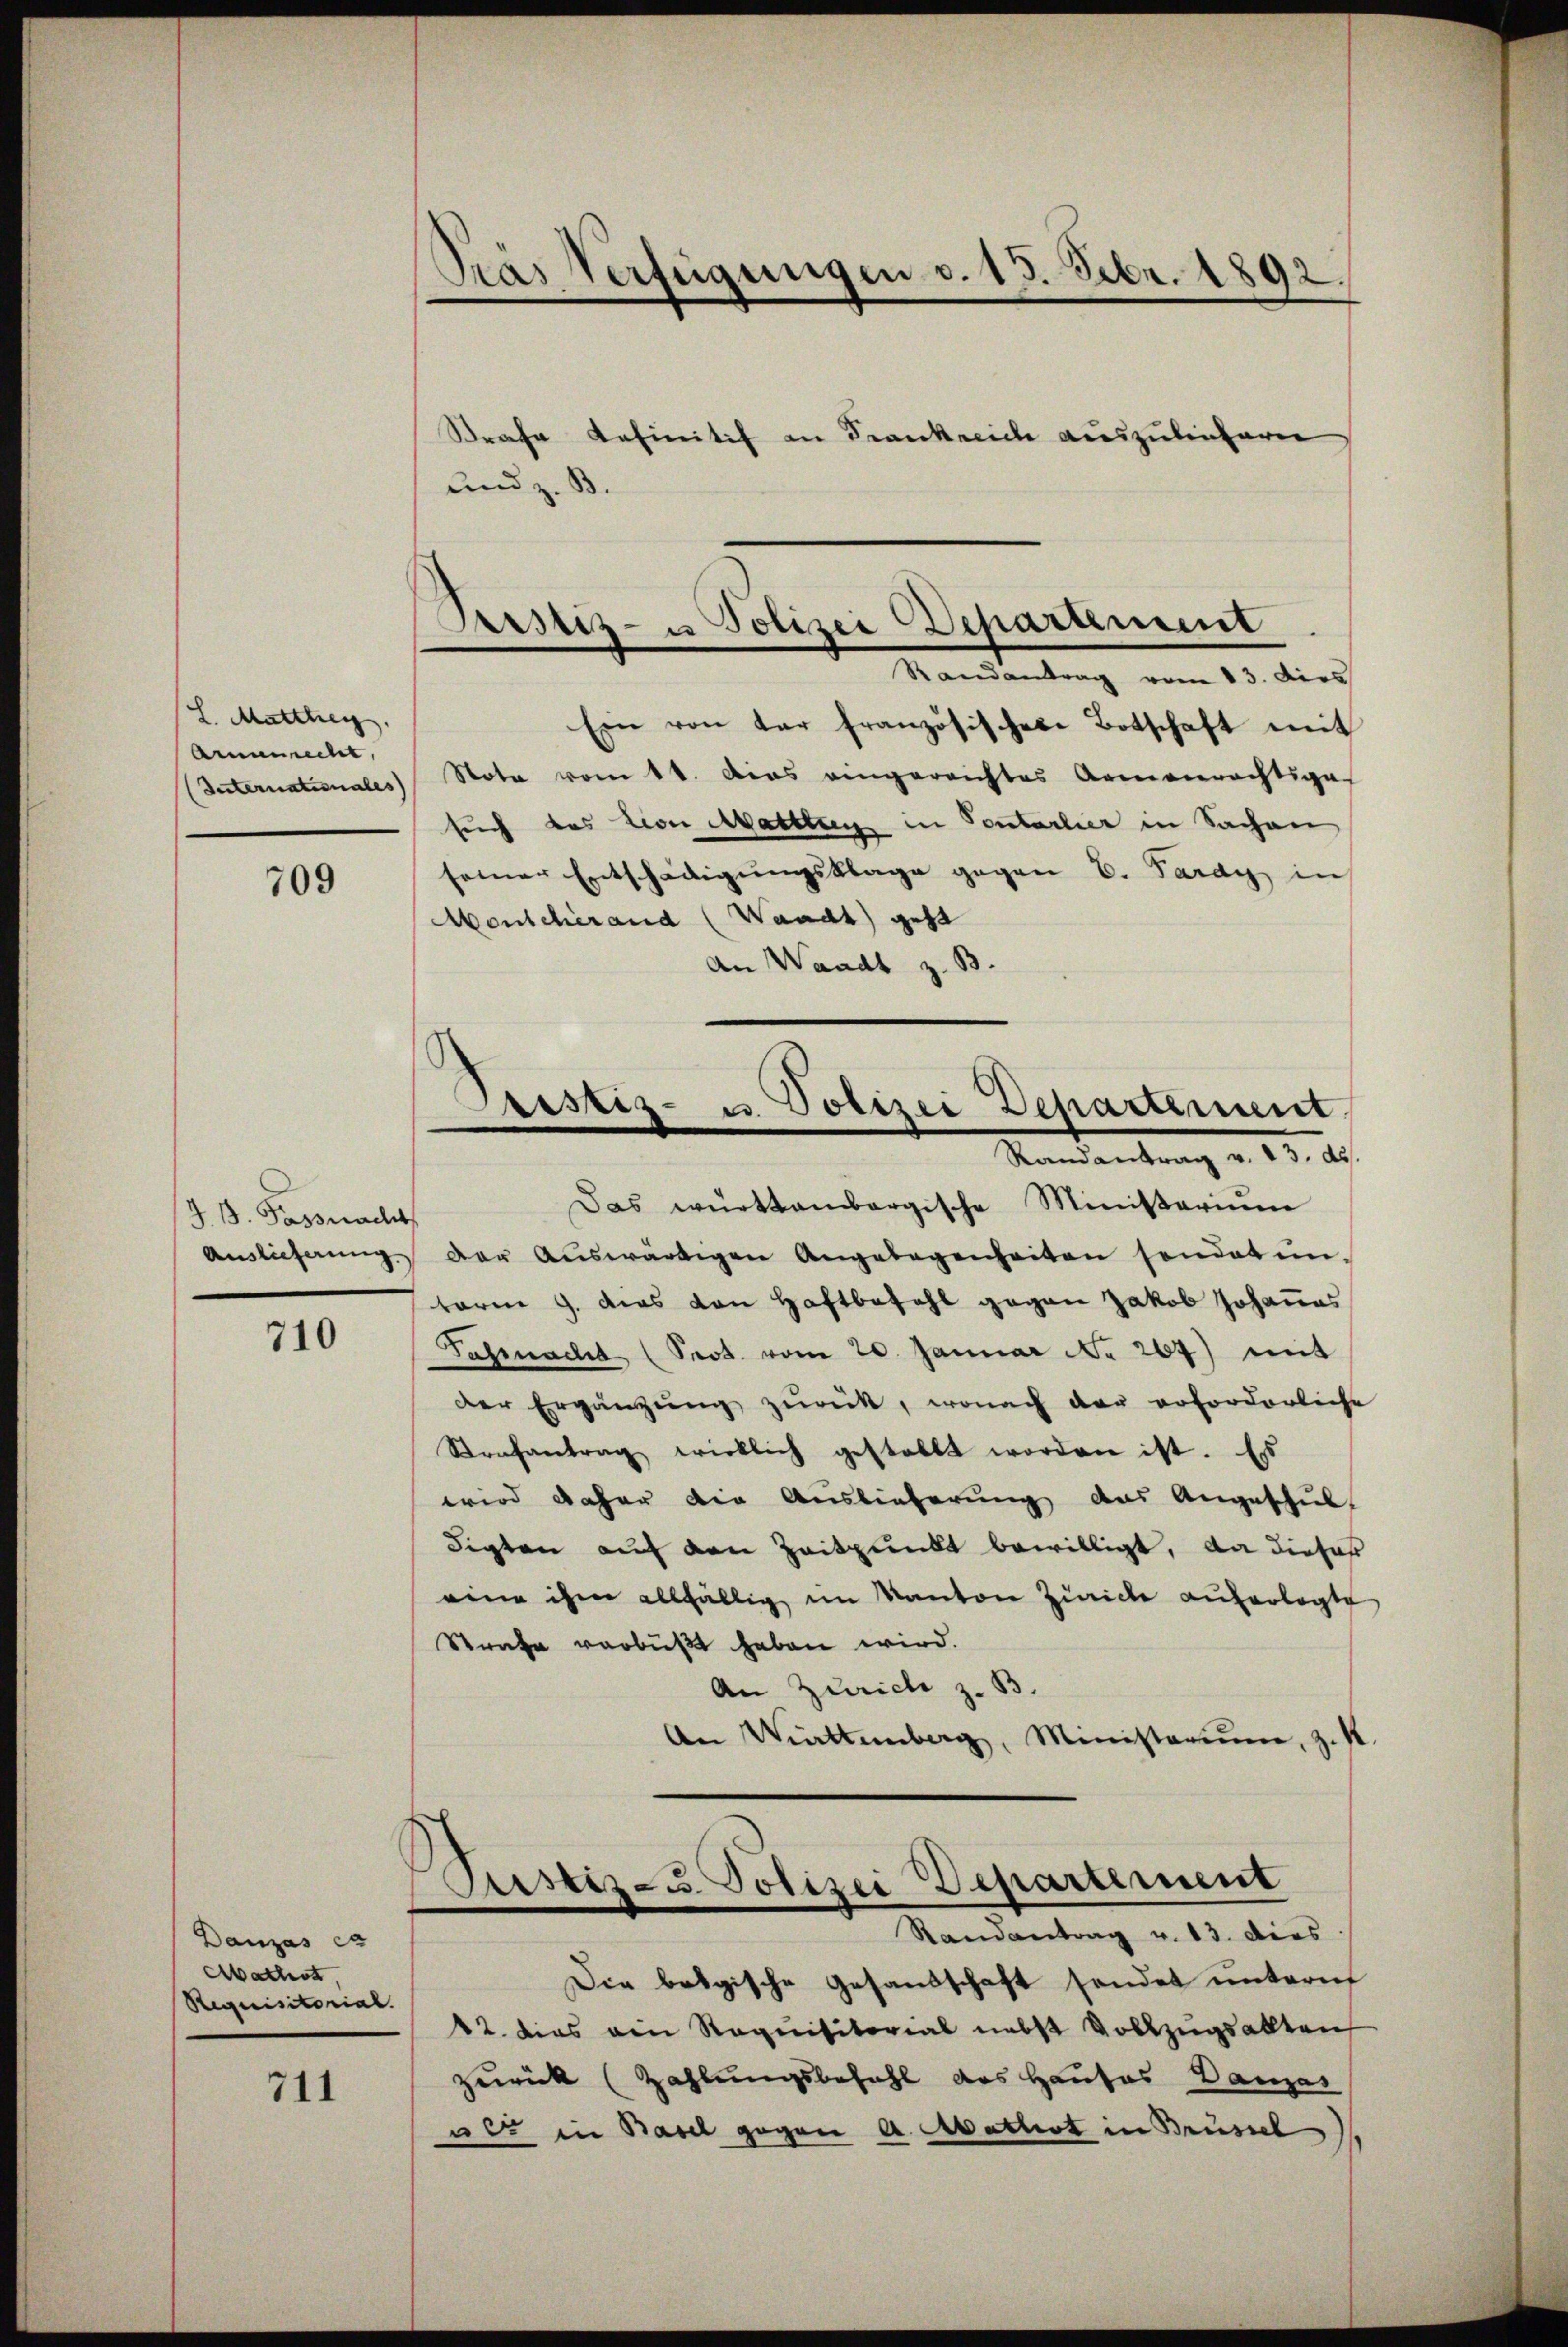
L. Marthey
Armenrecht,
(Internationales

709

J. B. Fassnacht
Auslieferung.

710

Danzes er
Mathist,
Requisitorial.

711

Pras Verfügungen v. 13. Febr. 1892
.

Strafe definitif an Krankreiche auszulieferen
und z. B.

Pristiz- u Polizei Deparament
Randantrag vom 13. Dies

Leistiz- u. Polizei Departement.
Randantrag v. 23. ds.

Ein von der französischen Botschaft mit
Note vom 11. das eingereichtes Armenrächtige
such das von Matttung in Sontarlier in Sachen
seiner Entschädigungsklage gegen C. Pardy in
Monscherand (Waadt) gest
An Waadt z. B.
Das württembergische Ministerium
Der Auswärtigen Angelegenheiten sendet un
taren 9. dies von Haftbefehl gegen Jakob Johannes
Gahrnacht (Prot. vom 20. Januar No 264) mit
der Ergänzŭng zŭrück, wonach der erforderliche
Strafantrag wirklich gestellt worden ist. Es
wird daher die Auslieferung das Angeschult
digten auf den Zeitpunkt bewilligt, da dieses
eine ihm allfällig im Kanton Zürich auferlegte
Strafe verbüßt haben wird.
An Zürich z. B.
An Wattenberg, Ministerium, zu

Prisetz- u. Polizei Departement
Randantrag v. 13. dies

Die belgische Gesandschaft sendet untern
12. dies von Requisitorial nebst Vollzugsalten
zurück (Zahlungsbefehl das Hauses Danas
uer in Basel gegen A. Mathist in Brüssel